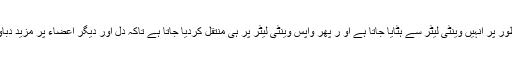
جزوی طور پر انہیں وینٹی لیٹر سے ہٹایا جاتا ہے او ر پھر واپس وینٹی لیٹر پر ہی منتقل کردیا جاتا ہے تاکہ دل اور دیگر اعضاء پر مزید دباؤ نہ آئے۔